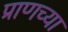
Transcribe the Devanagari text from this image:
प्राणच्या